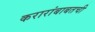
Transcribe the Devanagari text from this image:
करारांबाबतची